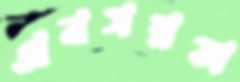
অবসন্নতা